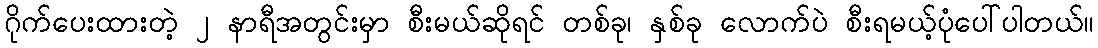
ဂိုက်ပေးထားတဲ့ ၂ နာရီအတွင်းမှာ စီးမယ်ဆိုရင် တစ်ခု၊ နှစ်ခု လောက်ပဲ စီးရမယ့်ပုံပေါ်ပါတယ်။